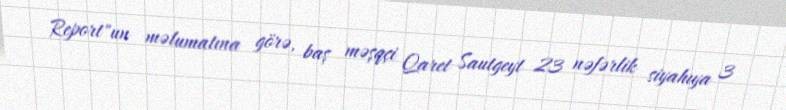
Report"un məlumatına görə, baş məşqçi Qaret Sautgeyt 23 nəfərlik siyahıya 3